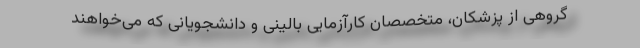
گروهی از پزشکان، متخصصان کارآزمایی بالینی و دانشجویانی که می‌خواهند